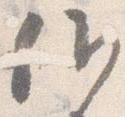
候